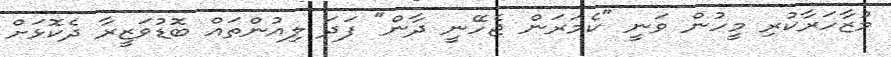
މުޒާހަރާކުރި މީހުން ވަނީ "ކެމަރަން ޖެހޭނީ ދާން" ފަދަ ލިއުންތައް ބޮޑުވަޒީރާ ދެކޮޅަށް